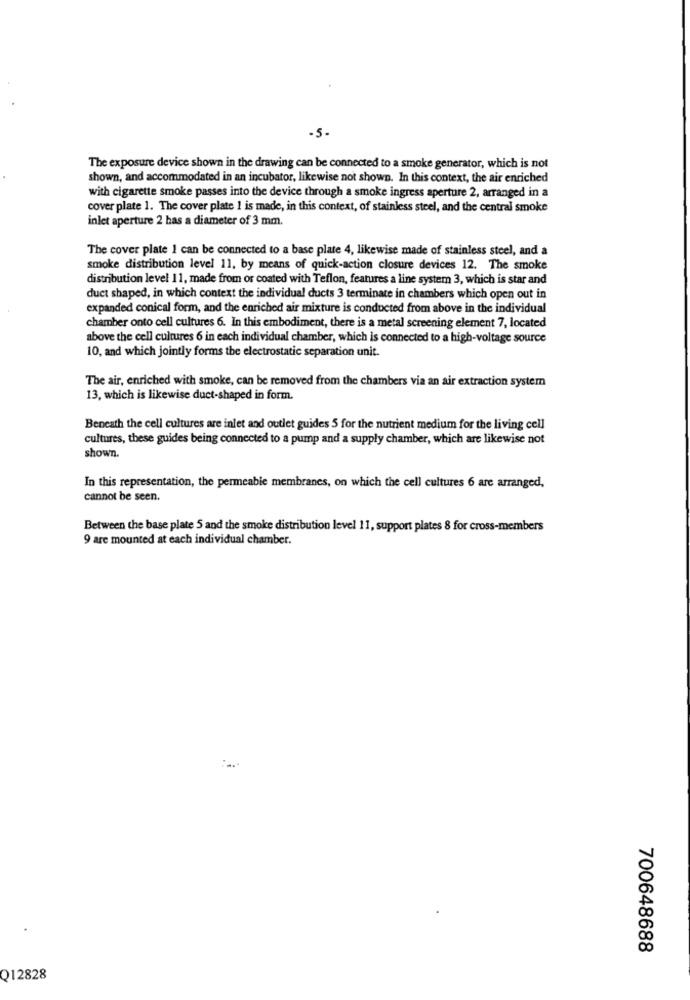
-5.
The exposure device shown in the drawing can be connected to a smoke generator, which is not
shown, and accommodated in an incubator, likewise not shown. In this context, the air enriched
with cigarette smoke passes into the device through a smoke ingress aperture 2, arranged in a
cover plate 1. The cover plate 1 is made, in this context, of stainless steel, and the central smoke
inlet aperture 2 has a diameter of 3 mm.
The cover plate 1 can be connected to a base plate 4, likewise made of stainless steel, and a
smoke distribution level 11, by means of quick-action closure devices 12. The smoke
distribution level 11, made from or coated with Teflon, features a line system 3, which is star and
duct shaped, in which context the individual ducts 3 terminate in chambers which open out in
expanded conical form, and the enriched air mixture is conducted from above in the individual
chamber onto cell cultures 6. In this embodiment, there is a metal screening element 7, located
above the cell cultures 6 in each individual chamber, which is connected to a high-voltage source
10, and which jointly forms the electrostatic separation unit.
The air, enriched with smoke, can be removed from the chambers via an air extraction system
13, which is likewise duct-shaped in form.
Beneath the cell cultures are inlet and outlet guides 5 for the nutrient medium for the living cell
cultures, these guides being connected to a pump and a supply chamber, which are likewise not
shown.
In this representation, the permeable membranes, on which the cell cultures 6 are arranged,
cannot be seen.
Between the base plate 5 and the smoke distribution level 11, support plates 8 for cross-members
9 are mounted at each individual chamber.
700648688
Q12828